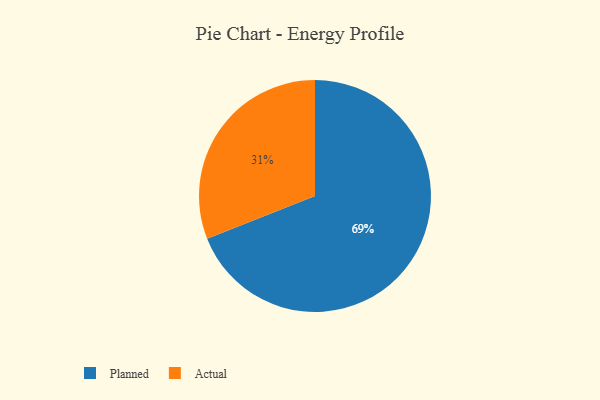
{"axis": {"x": "Category", "y": "Percentage"}, "legend": ["Actual", "Planned"], "data": [{"x": "Actual", "y": 31, "type": "Actual"}, {"x": "Planned", "y": 69, "type": "Planned"}]}